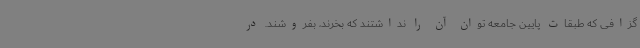
گزافی که طبقات پایین جامعه توان آن را نداشتند که بخرند، بفروشند. در